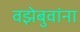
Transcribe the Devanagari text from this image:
वझेबुवांना